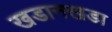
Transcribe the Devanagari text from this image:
खडानखडा